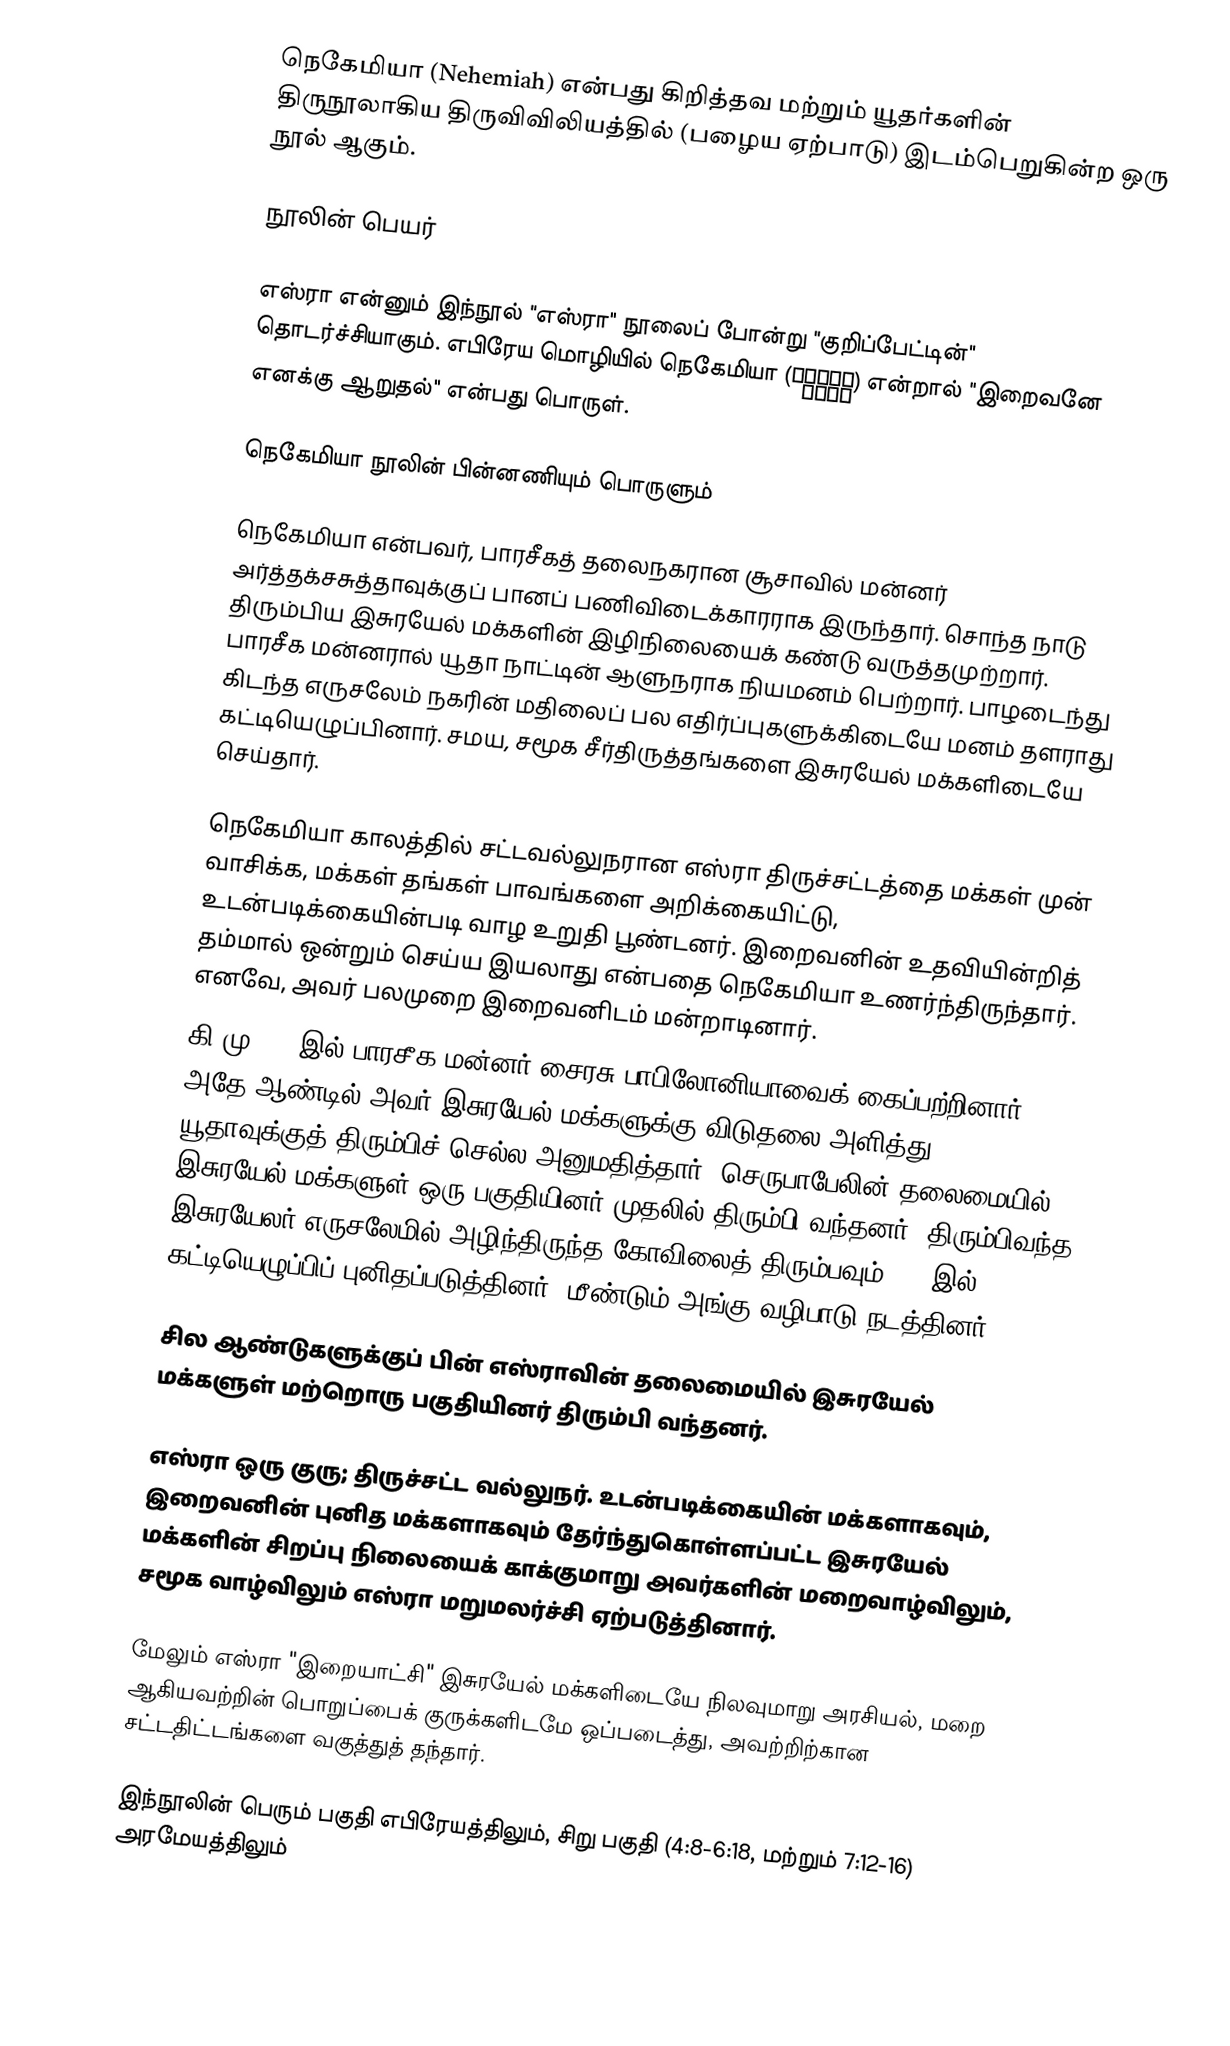
நெகேமியா (Nehemiah) என்பது கிறித்தவ மற்றும் யூதர்களின் திருநூலாகிய திருவிவிலியத்தில் (பழைய ஏற்பாடு) இடம்பெறுகின்ற ஒரு நூல் ஆகும்.

நூலின் பெயர்

எஸ்ரா என்னும் இந்நூல் "எஸ்ரா" நூலைப் போன்று "குறிப்பேட்டின்" தொடர்ச்சியாகும். எபிரேய மொழியில்   நெகேமியா   (נְחֶמְיָה)  என்றால் "இறைவனே எனக்கு ஆறுதல்" என்பது பொருள்.

நெகேமியா நூலின் பின்னணியும் பொருளும்

நெகேமியா என்பவர், பாரசீகத் தலைநகரான சூசாவில் மன்னர் அர்த்தக்சசுத்தாவுக்குப் பானப் பணிவிடைக்காரராக இருந்தார். சொந்த நாடு திரும்பிய இசுரயேல் மக்களின் இழிநிலையைக் கண்டு வருத்தமுற்றார். பாரசீக மன்னரால் யூதா நாட்டின் ஆளுநராக நியமனம் பெற்றார். பாழடைந்து கிடந்த எருசலேம் நகரின் மதிலைப் பல எதிர்ப்புகளுக்கிடையே மனம் தளராது கட்டியெழுப்பினார். சமய, சமூக சீர்திருத்தங்களை இசுரயேல் மக்களிடையே செய்தார்.

நெகேமியா காலத்தில் சட்டவல்லுநரான எஸ்ரா திருச்சட்டத்தை மக்கள் முன் வாசிக்க, மக்கள் தங்கள் பாவங்களை அறிக்கையிட்டு, உடன்படிக்கையின்படி வாழ உறுதி பூண்டனர். இறைவனின் உதவியின்றித் தம்மால் ஒன்றும் செய்ய இயலாது என்பதை நெகேமியா உணர்ந்திருந்தார். எனவே, அவர் பலமுறை இறைவனிடம் மன்றாடினார்.
கி.மு. 538இல் பாரசீக மன்னர் சைரசு பாபிலோனியாவைக் கைப்பற்றினார். அதே ஆண்டில் அவர் இசுரயேல் மக்களுக்கு விடுதலை அளித்து யூதாவுக்குத் திரும்பிச் செல்ல அனுமதித்தார். செருபாபேலின் தலைமையில் இசுரயேல் மக்களுள் ஒரு பகுதியினர் முதலில் திரும்பி வந்தனர். திரும்பிவந்த இசுரயேலர் எருசலேமில் அழிந்திருந்த கோவிலைத் திரும்பவும், 515இல் கட்டியெழுப்பிப் புனிதப்படுத்தினர். மீண்டும் அங்கு வழிபாடு நடத்தினர்.

சில ஆண்டுகளுக்குப் பின் எஸ்ராவின் தலைமையில் இசுரயேல் மக்களுள் மற்றொரு பகுதியினர் திரும்பி வந்தனர்.

எஸ்ரா ஒரு குரு; திருச்சட்ட வல்லுநர். உடன்படிக்கையின் மக்களாகவும், இறைவனின் புனித மக்களாகவும் தேர்ந்துகொள்ளப்பட்ட இசுரயேல் மக்களின் சிறப்பு நிலையைக் காக்குமாறு அவர்களின் மறைவாழ்விலும், சமூக வாழ்விலும் எஸ்ரா மறுமலர்ச்சி ஏற்படுத்தினார்.

மேலும் எஸ்ரா "இறையாட்சி" இசுரயேல் மக்களிடையே நிலவுமாறு அரசியல், மறை ஆகியவற்றின் பொறுப்பைக் குருக்களிடமே ஒப்படைத்து, அவற்றிற்கான சட்டதிட்டங்களை வகுத்துத் தந்தார்.

இந்நூலின் பெரும் பகுதி எபிரேயத்திலும், சிறு பகுதி (4:8-6:18, மற்றும் 7:12-16) அரமேயத்திலும்